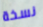
نسخة